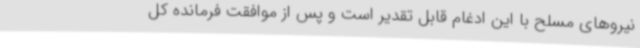
نیروهای مسلح با این ادغام قابل تقدیر است و پس از موافقت فرمانده کل